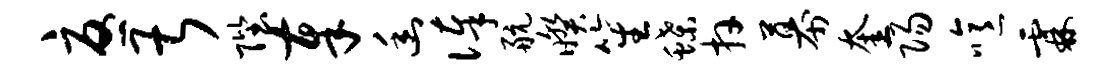
忧甚陛奉幽俸航暌笙蝶卉幕奎阳噫霖